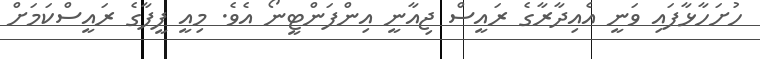
ހުށަހާޅާފައި ވަނީ އެއިދާރާގެ ރައީސް ޖިއާނީ އިންފަންޓީނޯ އެވެ. މިއީ ފީފާގެ ރައީސްކަމަށް